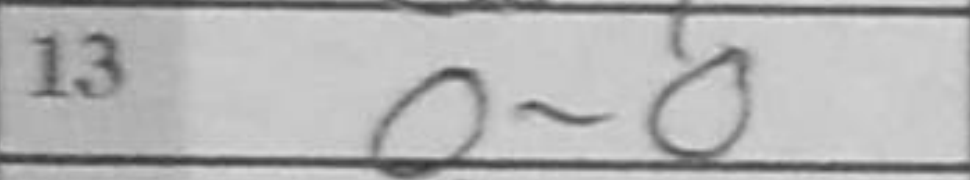
Transcription: O-O